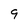
Character: 9